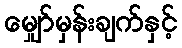
မျှော်မှန်းချက်နှင့်